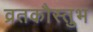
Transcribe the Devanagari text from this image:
व्रतकौस्तुभ